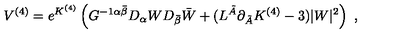
V ^ { ( 4 ) } = e ^ { K ^ { ( 4 ) } } \left( G ^ { - 1 \alpha \bar { \beta } } D _ { \alpha } W D _ { \bar { \beta } } \bar { W } + ( L ^ { \tilde { A } } \partial _ { \tilde { A } } K ^ { ( 4 ) } - 3 ) | W | ^ { 2 } \right) \ ,